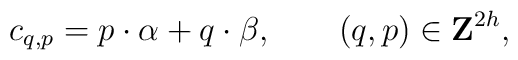
c_{q,p}={p}\cdot{\alpha}+{q}\cdot {\beta},\qquad (q,p)\in {\bf Z}^{2h},